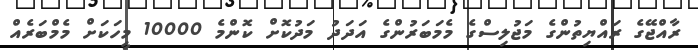
ރާއްޖޭގެ ރައްޔިތުންގެ މަޖުލިސްގެ މެމަބަރުންގެ އަދަދު މަދުކޮށް ކޮންމެ 10000 މީހަކަށް މެމްބަރެއް